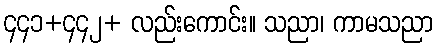
၄၄၁+၄၄၂+ လည်းကောင်း။ သညာ၊ ကာမသညာ